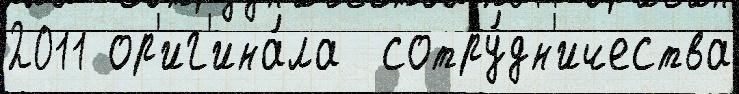
2011 ор'иг'ина́ла  сотру́дн'ичества